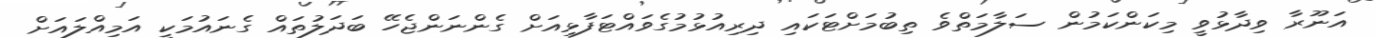
އަނޫރާ ވިދާޅުވީ މިކަންކަމުން ސަލާމަތްވެ ތިބުމަށްޓަކައި ދިރިއުޅުމުގެވައްޓަފާޅިއަށް ގެންނަންޖެހޭ ބަދަލުތައް ގެނައުމަކީ އަމިއްލައަށް